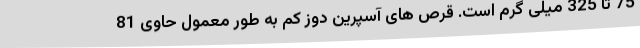
75 تا 325 میلی گرم است. قرص های آسپرین دوز کم به طور معمول حاوی 81